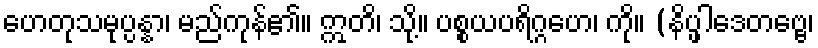
ဟေတုသမုပ္ပန္နာ၊ မည်ကုန်၏။ ဣတိ၊ သို့။ ပစ္စယပရိဂ္ဂဟေ၊ ကို။ (နိပ္ဖါဒေတဗ္ဗေ၊